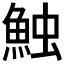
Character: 𩶥